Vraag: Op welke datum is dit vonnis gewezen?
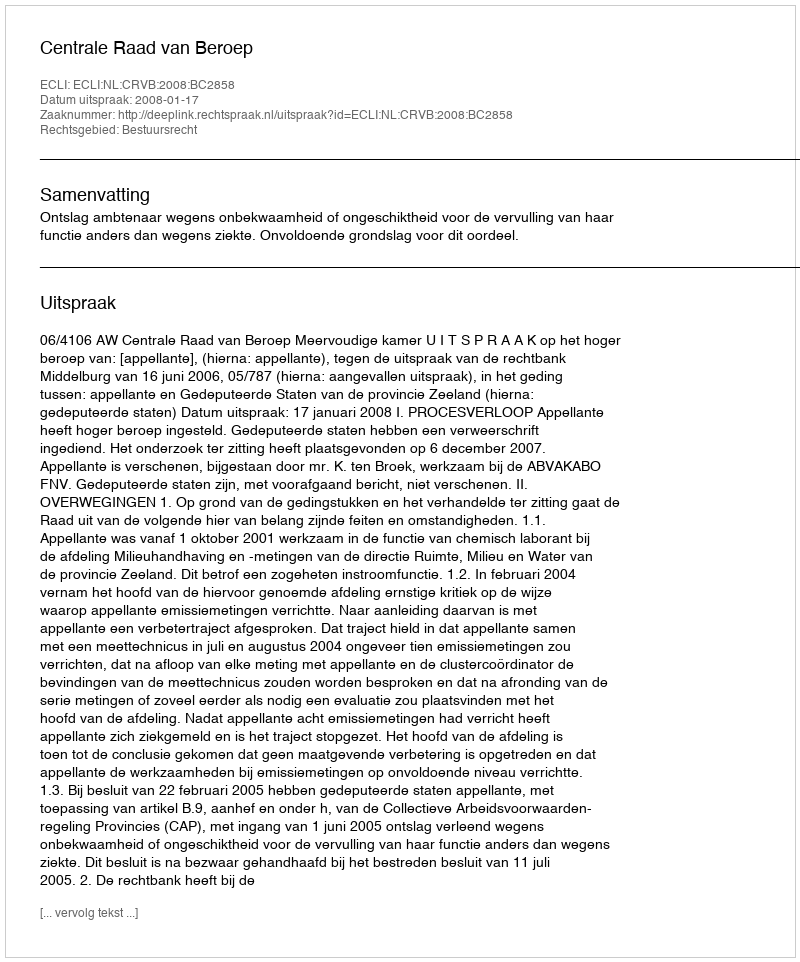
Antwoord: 2008-01-17